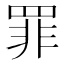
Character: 罪